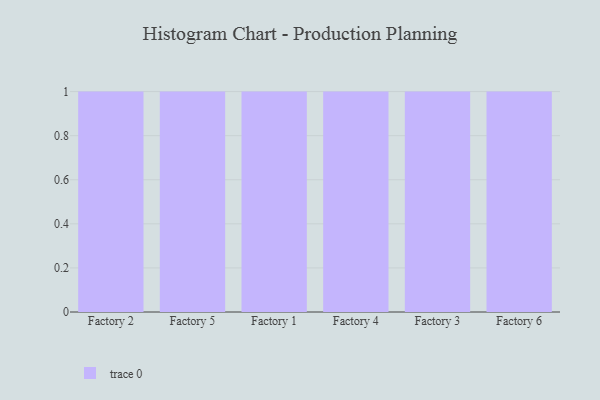
{"axis": {"x": "Factory", "y": "Energy Usage (MWh)"}, "legend": [""], "data": [{"x": "Factory 2", "y": 88, "type": ""}, {"x": "Factory 5", "y": 73, "type": ""}, {"x": "Factory 1", "y": 22, "type": ""}, {"x": "Factory 4", "y": 43, "type": ""}, {"x": "Factory 3", "y": 4, "type": ""}, {"x": "Factory 6", "y": 59, "type": ""}]}